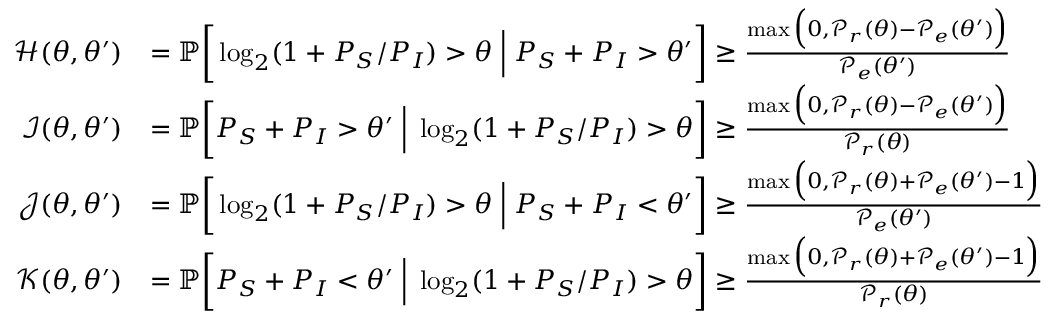
\begin{array} { r l } { \mathcal { H } ( \theta , \theta ^ { \prime } ) } & { = \mathbb { P } \bigg [ \log _ { 2 } ( 1 + P _ { S } / P _ { I } ) > \theta \; \Big | \; P _ { S } + P _ { I } > \theta ^ { \prime } \bigg ] \geq \frac { \operatorname* { m a x } \Big ( 0 , \mathcal { P } _ { r } ( \theta ) - \mathcal { P } _ { e } ( \theta ^ { \prime } ) \Big ) } { \mathcal { P } _ { e } ( \theta ^ { \prime } ) } } \\ { \mathcal { I } ( \theta , \theta ^ { \prime } ) } & { = \mathbb { P } \bigg [ P _ { S } + P _ { I } > \theta ^ { \prime } \; \Big | \; \log _ { 2 } ( 1 + P _ { S } / P _ { I } ) > \theta \bigg ] \geq \frac { \operatorname* { m a x } \Big ( 0 , \mathcal { P } _ { r } ( \theta ) - \mathcal { P } _ { e } ( \theta ^ { \prime } ) \Big ) } { \mathcal { P } _ { r } ( \theta ) } } \\ { \mathcal { J } ( \theta , \theta ^ { \prime } ) } & { = \mathbb { P } \bigg [ \log _ { 2 } ( 1 + P _ { S } / P _ { I } ) > \theta \; \Big | \; P _ { S } + P _ { I } < \theta ^ { \prime } \bigg ] \geq \frac { \operatorname* { m a x } \Big ( 0 , \mathcal { P } _ { r } ( \theta ) + \mathcal { P } _ { e } ( \theta ^ { \prime } ) - 1 \Big ) } { \mathcal { P } _ { e } ( \theta ^ { \prime } ) } } \\ { \mathcal { K } ( \theta , \theta ^ { \prime } ) } & { = \mathbb { P } \bigg [ P _ { S } + P _ { I } < \theta ^ { \prime } \; \Big | \; \log _ { 2 } ( 1 + P _ { S } / P _ { I } ) > \theta \bigg ] \geq \frac { \operatorname* { m a x } \Big ( 0 , \mathcal { P } _ { r } ( \theta ) + \mathcal { P } _ { e } ( \theta ^ { \prime } ) - 1 \Big ) } { \mathcal { P } _ { r } ( \theta ) } } \end{array}